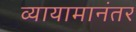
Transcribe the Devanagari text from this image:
व्यायामानंतर